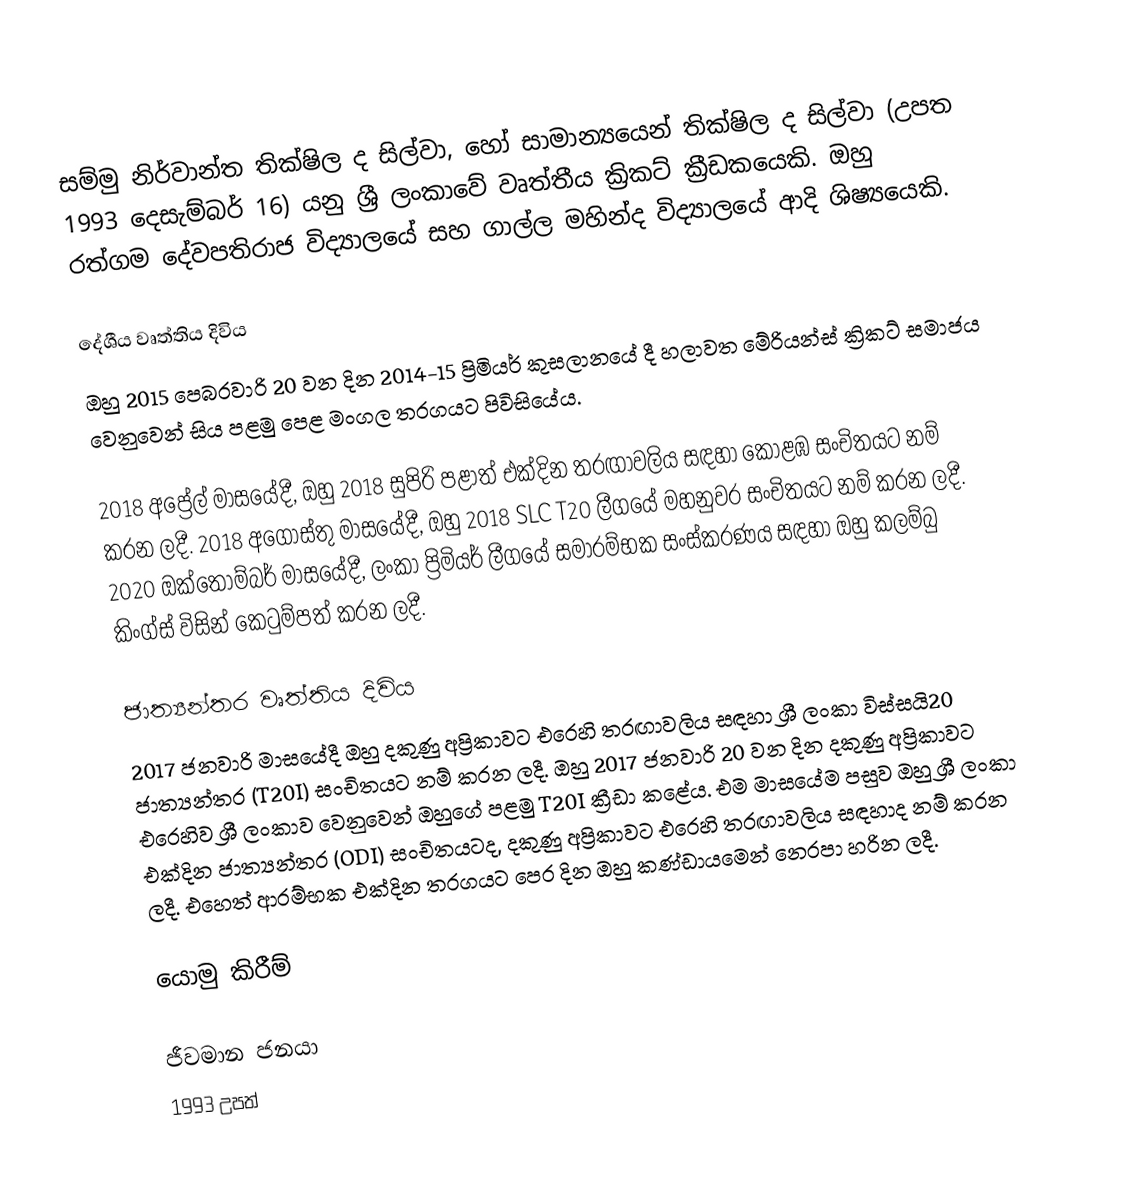
සම්මු නිර්වාන්ත තික්ෂිල ද සිල්වා, හෝ සාමාන්‍යයෙන් තික්ෂිල ද සිල්වා (උපත 1993 දෙසැම්බර් 16) යනු ශ්‍රී ලංකාවේ වෘත්තීය ක්‍රිකට් ක්‍රීඩකයෙකි. ඔහු රත්ගම දේවපතිරාජ විද්‍යාලයේ සහ ගාල්ල මහින්ද විද්‍යාලයේ ආදි ශිෂ්‍යයෙකි.

දේශීය වෘත්තිය දිවිය
ඔහු 2015 පෙබරවාරි 20 වන දින 2014-15 ප්‍රිමියර් කුසලානයේ දී හලාවත මේරියන්ස් ක්‍රිකට් සමාජය වෙනුවෙන් සිය පළමු පෙළ මංගල තරගයට පිවිසියේය.

2018 අප්‍රේල් මාසයේදී, ඔහු 2018 සුපිරි පළාත් එක්දින තරඟාවලිය සඳහා කොළඹ සංචිතයට නම් කරන ලදී. 2018 අගෝස්තු මාසයේදී, ඔහු 2018 SLC T20 ලීගයේ මහනුවර සංචිතයට නම් කරන ලදී. 2020 ඔක්තෝම්බර් මාසයේදී, ලංකා ප්‍රිමියර් ලීගයේ සමාරම්භක සංස්කරණය සඳහා ඔහු කලම්බු කිංග්ස් විසින් කෙටුම්පත් කරන ලදී.

ජාත්‍යන්තර වෘත්තිය දිවිය
2017 ජනවාරි මාසයේදී ඔහු දකුණු අප්‍රිකාවට එරෙහි තරඟාවලිය සඳහා ශ්‍රී ලංකා විස්සයි20 ජාත්‍යන්තර (T20I) සංචිතයට නම් කරන ලදී. ඔහු 2017 ජනවාරි 20 වන දින දකුණු අප්‍රිකාවට එරෙහිව ශ්‍රී ලංකාව වෙනුවෙන් ඔහුගේ පළමු T20I ක්‍රීඩා කළේය. එම මාසයේම පසුව ඔහු ශ්‍රී ලංකා එක්දින ජාත්‍යන්තර (ODI) සංචිතයටද, දකුණු අප්‍රිකාවට එරෙහි තරඟාවලිය සඳහාද නම් කරන ලදී.  එහෙත් ආරම්භක එක්දින තරගයට පෙර දින ඔහු කණ්ඩායමෙන් නෙරපා හරින ලදී.

යොමු කිරීම්

ජීවමාන ජනයා
1993 උපත්